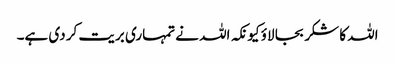
اللہ کا شکر بجا لاؤ کیونکہ اللہ نے تمہاری بریت کر دی ہے۔